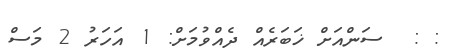
: :  ސަންއަށް ޚަބަރެއް ދެއްވުމަށް: 1 އަހަރު 2 މަސް